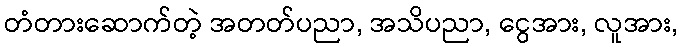
တံတားဆောက်တဲ့ အတတ်ပညာ, အသိပညာ, ငွေအား, လူအား,